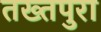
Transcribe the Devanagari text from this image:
तख्तपुरा